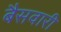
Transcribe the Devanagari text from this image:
बैसवारी